Investigations on Bengal jail dietaries - Number 37
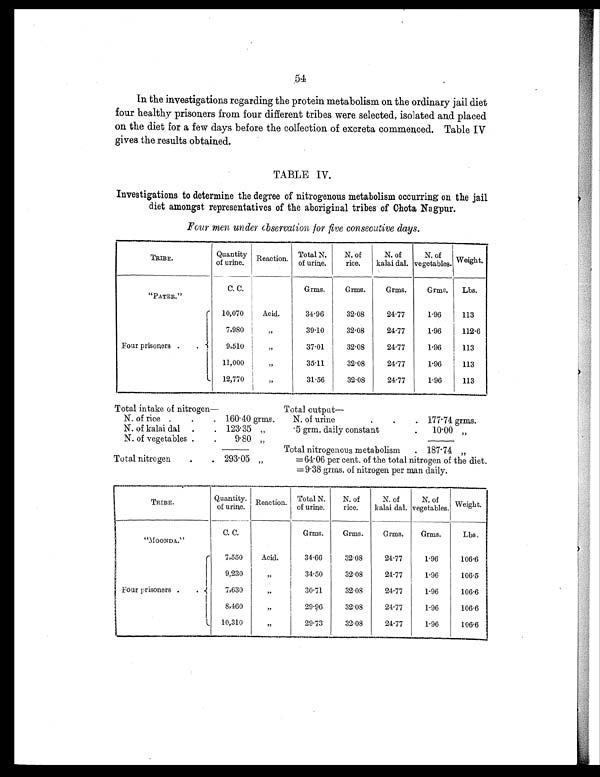
54
In the investigations regarding the protein metabolism on the ordinary jail diet
four healthy prisoners from four different tribes were selected, isolated and placed
on the diet for a few days before the collection of excreta commenced. Table IV
gives the results obtained.
TABLE IV.
Investigations to determine the degree of nitrogenous metabolism occurring on the jail
diet amongst representatives of the aboriginal tribes of Chota Nagpur.
Four men under observation for five consecutive days.
TRIBE.
Quantity
of urine. Reaction. Total N.
of urine.
N. of
rice.
N. of
kalai dal.
N. of
vegetables. Weight.
"PATER."
C. C.
Grms.
Grms.
Grms.
Grms.
Lbs.
Four prisoners .
.
10,070
Acid.
34.96
32.08
24.77
1.96
113
7,980
„
39.10
32.08
24.77
1.96
112.6
9,510
„
37.01
32.08
24.77
1.96
113
11,000
„
35.11
32.08
24.77
1.96
113
12,770
„
31.56
32.08
24.77
1.96
113
Total intake of nitrogen—
Total output
—
N. of rice .
.
. 160.40 grms.
N. of urine
.
.
. 177.74 grms.
N. of kalai dal .
. 123.35 „
.5 grm. daily constant
.
10.00 „
N. of vegetables .
.
9.80 „
Total introgenous metabolism
.
1 8 7 . 7 4
„
Total nitrogen
.
. 293.05
„
= 6 4 . 0 6 p e r c e n t . o f t h e t o t a l n i t r o g e n o f t h e d i e t .
=9.38 grms. of nitrogen per man daily.
TRIBE.
Quantity.
of urine.
Reaction. Total N.
of urine.
N. of
rice.
N. of
kalai dal.
N. of
vegetables. Weight.
"MOONDA."
C. C.
Grms.
Grms.
Grms.
Grms.
Lbs.
Four prisoners .
.
7,550
Acid.
34.66
32.08
24.77
1.96
106.6
9,230
„
34.50
32.08
24.77
1.96
106.5
7,630
„
30.71
32.08
24.77
1.96
106.6
8,460
„
29.96
32.08
24.77
1.96
106.6
10,310
„
29.73
32.08
24.77
1.96
106.6